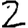
Digit: 2